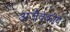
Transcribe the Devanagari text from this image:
अजैवकीय